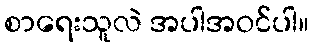
စာရေးသူလဲ အပါအဝင်ပါ။